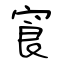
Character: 㝗